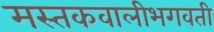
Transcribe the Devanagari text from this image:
मस्तकवालीभगवती